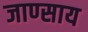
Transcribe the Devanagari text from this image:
जाण्साय